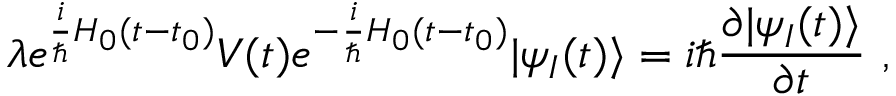
\lambda e ^ { { \frac { i } { \hbar } } H _ { 0 } ( t - t _ { 0 } ) } V ( t ) e ^ { - { \frac { i } { \hbar } } H _ { 0 } ( t - t _ { 0 } ) } | \psi _ { I } ( t ) \rangle = i \hbar { \frac { \partial | \psi _ { I } ( t ) \rangle } { \partial t } } ~ ,